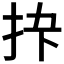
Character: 𪭣